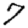
Digit: 7